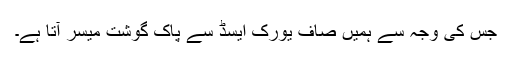
جس کی وجہ سے ہمیں صاف یورک ایسڈ سے پاک گوشت میسر آتا ہے۔